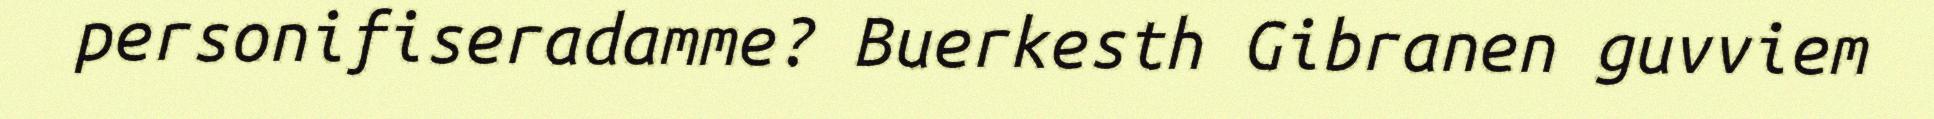
personifiseradamme? Buerkesth Gibranen guvviem